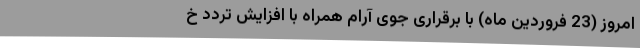
امروز (23 فروردین ماه) با برقراری جوی آرام همراه با افزایش تردد خ